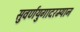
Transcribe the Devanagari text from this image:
सुवर्णयुगादरम्यान